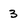
Character: 3